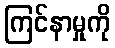
ကြင်နာမှုကို